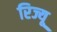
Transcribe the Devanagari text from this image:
रिज्यू